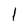
Character: l